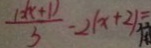
\frac { 1 2 ( x + 1 ) \vert } { 3 } - 2 ( x + 2 ) =